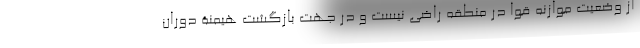
از وضعیت موازنه قوا در منطقه راضی نیست و در جهت بازگشت هیمنة دوران